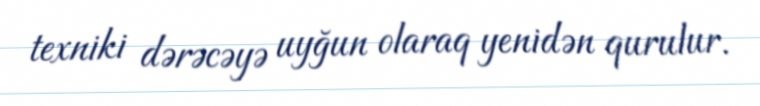
texniki dərəcəyə uyğun olaraq yenidən qurulur.